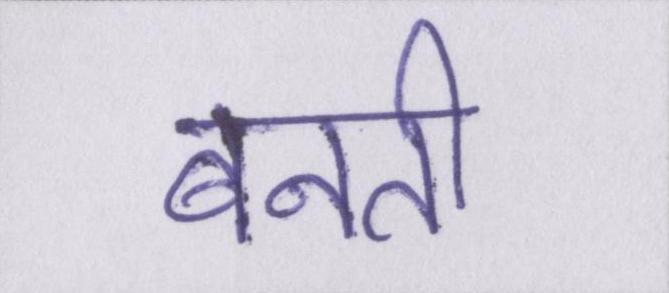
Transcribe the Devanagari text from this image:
बनती